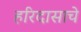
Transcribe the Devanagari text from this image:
हरिदासाचे